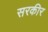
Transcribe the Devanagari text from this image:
सरकीर